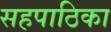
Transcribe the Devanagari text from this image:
सहपाठिका